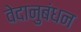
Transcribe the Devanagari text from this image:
वेदानुबंधन